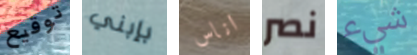
توقيع بإبني اناس نصر شيء